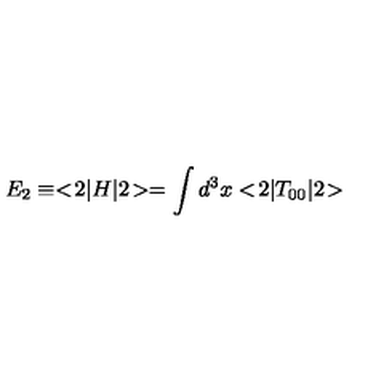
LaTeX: E _ { 2 } \equiv < \! 2 | H | 2 \! > = \int d ^ { 3 } x < \! 2 | T _ { 0 0 } | 2 \! >